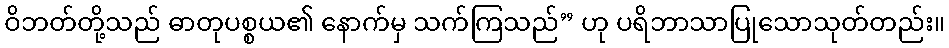
ဝိဘတ်တို့သည် ဓာတုပစ္စယ၏ နောက်မှ သက်ကြသည်” ဟု ပရိဘာသာပြုသောသုတ်တည်း။